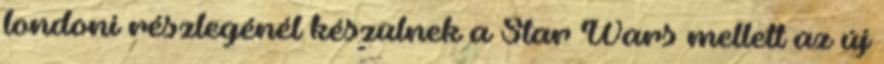
londoni részlegénél készülnek a Star Wars mellett az új